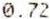
0.72